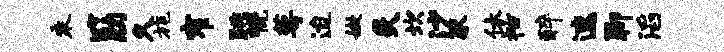
乘筋久旄窄跳幌萼迨嫩炙坎沙豕休祜醉速聊滔